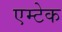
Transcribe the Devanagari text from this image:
एम्टेक